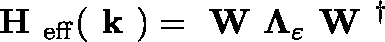
\textbf { H } _ { \mathrm { e f f } } ( \textbf { k } ) = \textbf { W } \mathbf { \Lambda } _ { \varepsilon } \textbf { W } ^ { \dagger }